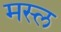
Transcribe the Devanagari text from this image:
मस्ल